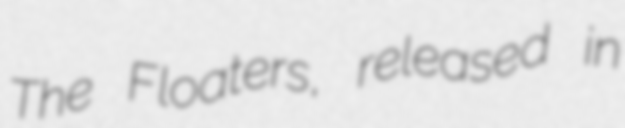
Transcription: The Floaters, released in